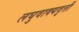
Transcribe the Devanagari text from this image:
लघुवाक्यवृत्ती